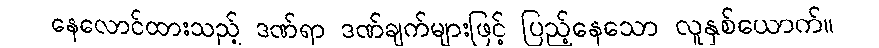
နေလောင်ထားသည့် ဒဏ်ရာ ဒဏ်ချက်များဖြင့် ပြည့်နေသော လူနှစ်ယောက်။